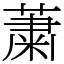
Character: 䔥